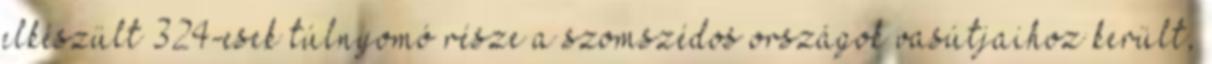
elkészült 324-esek túlnyomó része a szomszédos országok vasútjaihoz került,